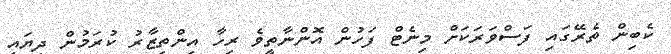
ކެބިން ތެރޭގައި ފަސްވަރަކަށް މިނެޓް ފަހުން އޮންނާތީވެ ރިހާ އިންތިޒާރު ކުރަމުން ދިޔައީ